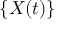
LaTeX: \{ X ( t ) \} \,